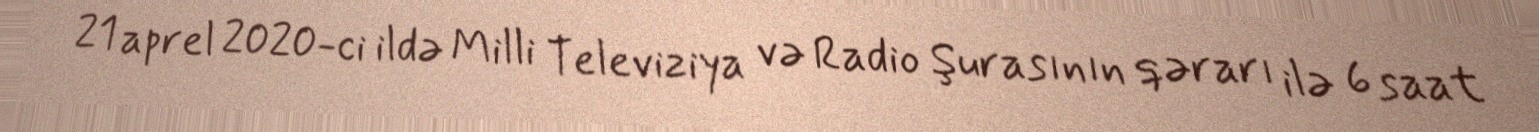
21 aprel 2020-ci ildə Milli Televiziya və Radio Şurasının qərarı ilə 6 saat